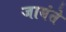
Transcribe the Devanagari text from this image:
जायंते